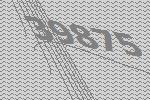
39875